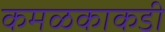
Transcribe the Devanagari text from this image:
कमळकाकडी